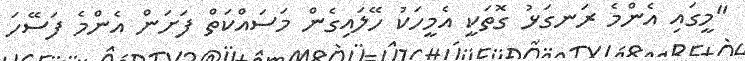
"މީގައި އެންމެ ރަނގަޅު ގޮތަކީ އެމީހަކު ހޭލައިގެން މަސައްކަތް ފަށަން އެންމެ ފަސޭހަ